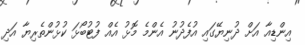
އިންޑިއާ އަށް ދުނިޔޭގައި އުފެދުނު އެންމެ މޮޅު އެއް ފުޓުބޯޅަ ކުޅުންތެރިޔާ އަދި